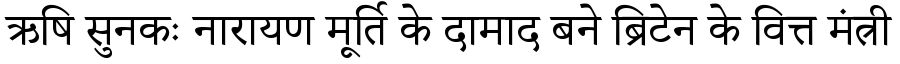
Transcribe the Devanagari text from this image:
ऋषि सुनकः नारायण मूर्ति के दामाद बने ब्रिटेन के वित्त मंत्री